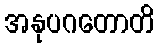
အနုပဂတောတိ